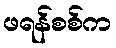
ဖရန်စစ်က